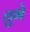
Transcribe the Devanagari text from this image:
चुभे